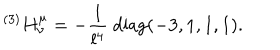
{ } ^ { ( 3 ) } H _ { \nu } ^ { \mu } = - { \frac { 1 } { l ^ { 4 } } } \mathrm { ~ d i a g } ( - 3 , 1 , 1 , 1 ) .